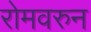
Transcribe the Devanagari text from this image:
रोमवरुन